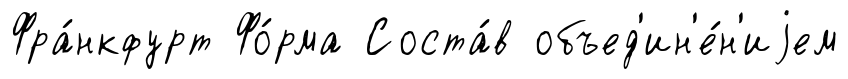
Фра́нкфурт Фо́рма Соста́в объед'ин'е́н'иjем